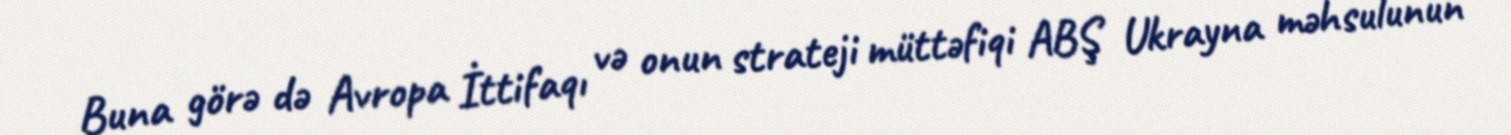
Buna görə də Avropa İttifaqı və onun strateji müttəfiqi ABŞ Ukrayna məhsulunun